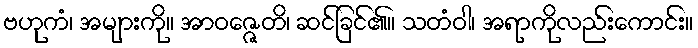
ဗဟုကံ၊ အများကို။ အာဝဇ္ဇေတိ၊ ဆင်ခြင်၏။ သတံဝါ၊ အရာကိုလည်းကောင်း။